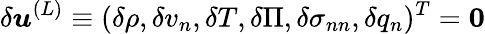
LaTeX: \delta\boldsymbol{u}^{(L)}\equiv(\delta\rho,\delta v_{n},\delta T,\delta\Pi,\delta\sigma_{nn},\delta q_{n})^{T}={\mathbf{0}}